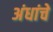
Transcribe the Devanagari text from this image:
अंधांचे